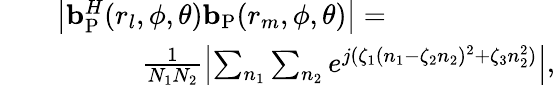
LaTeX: \begin{array}{rl}{\quad}&{\left|{\mathbf{b}}_{\mathrm{{P}}}^{H}(r_{l},\phi,\theta){\mathbf{b}}_{\mathrm{P}}(r_{m},\phi,\theta)\right|=}\\ &{\quad\quad\quad\frac{1}{N_{1}N_{2}}\left|\sum_{n_{1}}\sum_{n_{2}}e^{j(\zeta_{1}(n_{1}-\zeta_{2}n_{2})^{2}+\zeta_{3}n_{2}^{2})}\right|,}\end{array}